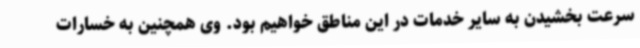
سرعت بخشیدن به سایر خدمات در این مناطق خواهیم بود. وی همچنین به خسارات